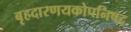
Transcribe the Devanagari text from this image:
बृहदारणयकोपनिषद